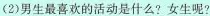
(2)男生最喜欢的活动是什么?女生呢?